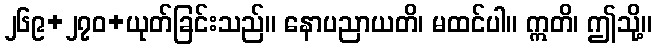
၂၆၉+၂၇၀+ယုတ်ခြင်းသည်။ နောပညာယတိ၊ မထင်ပါ။ ဣတိ၊ ဤသို့။